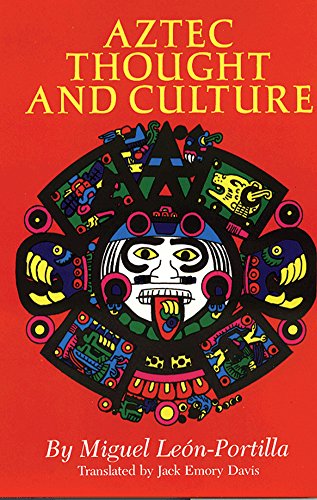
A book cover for Aztec Thought and Culture: A Study of the Ancient Nahuatl Mind (The Civilization of the American Indian Series); Miguel Leon-Portilla; History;